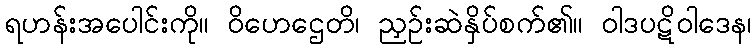
ရဟန်းအပေါင်းကို။ ဝိဟေဌေတိ၊ ညှဉ်းဆဲနှိပ်စက်၏။ ဝါဒပဋိဝါဒေန၊